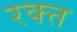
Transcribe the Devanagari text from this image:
रक्त्त